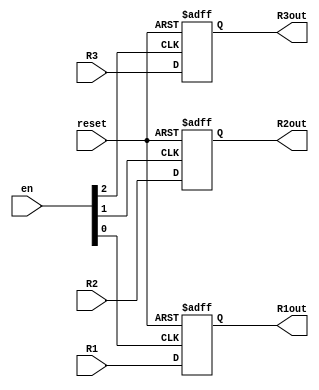
module Registers (
    input wire [3:0] R1, R2, R3,
    input wire [2:0] en,
    input wire reset,
    output reg [3:0] R1out, R2out, R3out
);
    always @(posedge en[0], negedge reset) begin
        if(!reset) R1out = 4'd0;
        else R1out = R1;
    end

    always @(posedge en[1], negedge reset) begin
        if(!reset) R2out = 4'd0;
        else R2out = R2;
    end

    always @(posedge en[2], negedge reset) begin
        if(!reset) R3out = 4'd0;
        else R3out = R3;
    end
endmodule